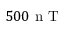
5 0 0 \mathrm { ~ n ~ T ~ }